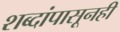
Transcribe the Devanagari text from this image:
शब्दांपासूनही